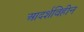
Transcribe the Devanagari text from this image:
आदर्शविहीन